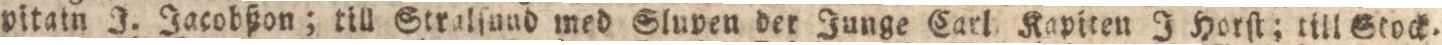
pitain J. Jacobßon; till Stralſund med Slupen der Junge Carl Kapiten J Horſt; till Stock=